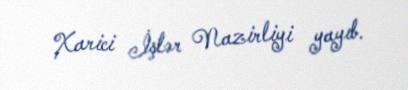
Xarici İşlər Nazirliyi yayıb.